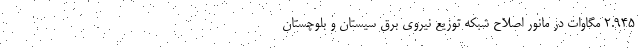
۲.۹۴۵ مگاوات در مانور اصلاح شبکه توزیع نیروی برق سیستان و بلوچستان